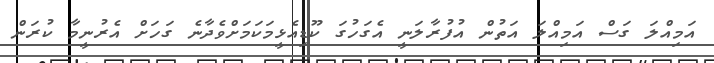
އަމިއްލަ ގަސް އަމިއްލަ އަތުން އުފުރާލަނީ އެގަހުގަ ކޫޑިއެޅީމަކަމަށްވެދާނެ ގަހަށް އެރުނީމާ ކުރަން